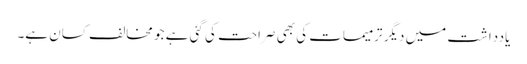
یادداشت میں دیگر ترمیمات کی بھی صراحت کی گئی ہے جو مخالف کسان ہے۔